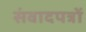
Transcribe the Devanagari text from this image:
संवादपत्रों